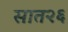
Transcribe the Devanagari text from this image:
सात२६